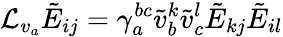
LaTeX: {\mathcal L}_{v_{a}}\tilde{E}_{ij}=\gamma_{a}^{bc}\tilde{v}_{b}^{k}\tilde{v}_{c}^{l}\tilde{E}_{kj}\tilde{E}_{il}